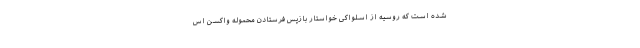
شده است که روسیه از اسلواکی خواستار بازپس فرستادن محموله واکسن اس